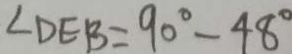
\angle D E B = 9 0 ^ { \circ } - 4 8 ^ { \circ }